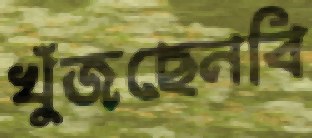
খুঁজছেনবি